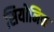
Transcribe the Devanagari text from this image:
सियोनिक